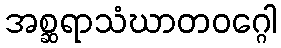
အစ္ဆရာသံဃာတဝဂ္ဂေါ